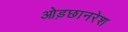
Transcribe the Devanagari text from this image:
ओड़छानरेश